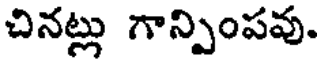
చినట్లు గాన్పింపవు.